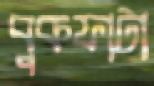
বুকফাটা